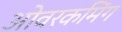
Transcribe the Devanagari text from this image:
ओवरकमिंग